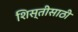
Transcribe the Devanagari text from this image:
शिस्तीसाठी